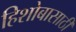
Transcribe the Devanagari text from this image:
हिशोबासाठी